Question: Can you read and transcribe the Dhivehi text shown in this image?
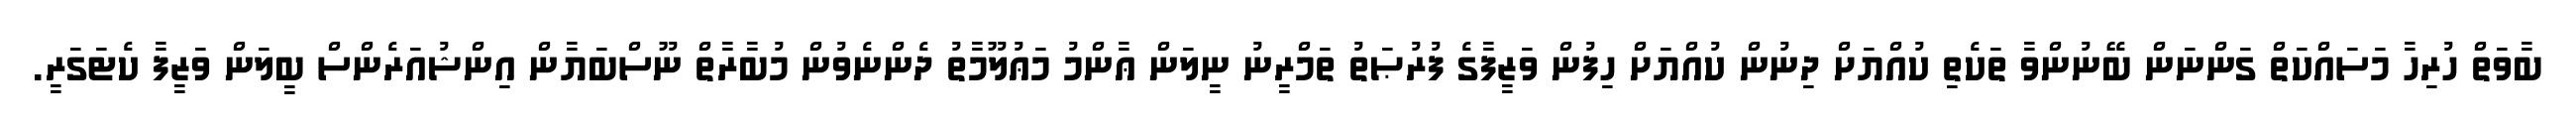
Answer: ބާވަތް ހުރިހާ މަސައްކަތް ގަންނަން ބޭނުންވާ ތަކެތި ކުއްޔަށް ދިނުން ކުއްޔަށް ހިފުން ވަޒީފާގެ ފުރުޞަތު ތަމްރީނު ނީލަން ޢާންމު މަޢުލޫމާތު ދެންނެވުން މުބާރާތް ނޫސްބަޔާން އިންޝުއަރެންސް ބީލަން ވަޒީފާ ކެޓަގަރީ.